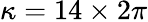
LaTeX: \kappa=14\times 2\pi